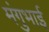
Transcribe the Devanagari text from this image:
मंगुभाई